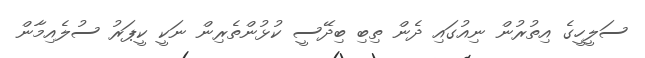
ސަލީހީގެ އިތުރުން ނިއުގައި ދެން ތިބި ބިދޭސީ ކުޅުންތެރިން ނަކީ ކީޕަރު ސުލެއިމާން